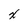
Character: x